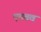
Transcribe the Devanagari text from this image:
एतत्तव